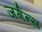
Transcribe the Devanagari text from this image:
जर्गन्स